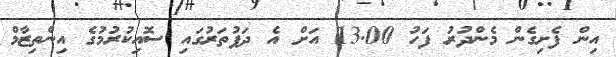
އިން ފެށިގެން މެންދުރު ފަހު 13.00 އަށް އެ ދަފުތަރުގައި ސޮއިކުރުމުގެ އިންތިޒާމް